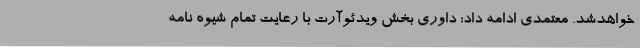
خواهدشد. معتمدی ادامه داد: داوری بخش ویدئوآرت با رعایت تمام شیوه نامه